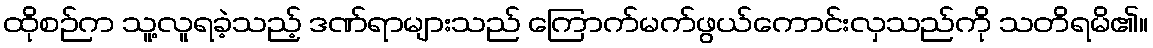
ထိုစဉ်က သူ့လူရခဲ့သည့် ဒဏ်ရာများသည် ကြောက်မက်ဖွယ်ကောင်းလှသည်ကို သတိရမိ၏။